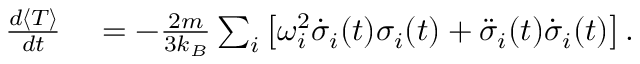
\begin{array} { r l } { \frac { d \langle T \rangle } { d t } } & { { } = - \frac { 2 m } { 3 k _ { B } } \sum _ { i } \left[ \omega _ { i } ^ { 2 } \dot { \sigma } _ { i } ( t ) \sigma _ { i } ( t ) + \ddot { \sigma } _ { i } ( t ) \dot { \sigma } _ { i } ( t ) \right] . } \end{array}